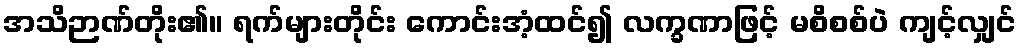
အသိဉာဏ်တိုး၏။ ရက်များတိုင်း ကောင်းအံ့ထင်၍ လက္ခဏာဖြင့် မစိစစ်ပဲ ကျင့်လျှင်